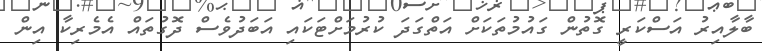
ބާލާއިރު އަސްކަރީ ގޮތުން ގައުމުތަކަށް އަތްގަދަ ކުރުމަށްޓަކައި އަބަދުވެސް ދޮގުތައް އެމެރިކާ އިން